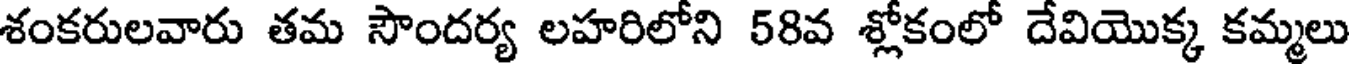
శంకరులవారు తమ సౌందర్య లహరిలోని 58వ శ్లోకంలో దేవియొక్క కమ్మలు